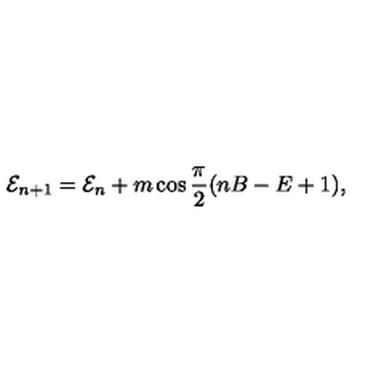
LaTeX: { \cal E } _ { n + 1 } = { \cal E } _ { n } + m \cos \frac { \pi } { 2 } ( n B - E + 1 ) ,